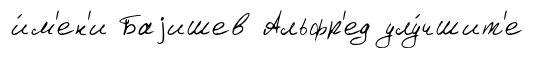
и́м'ен'и Баjишев Альфр'ед улу́чшит'е